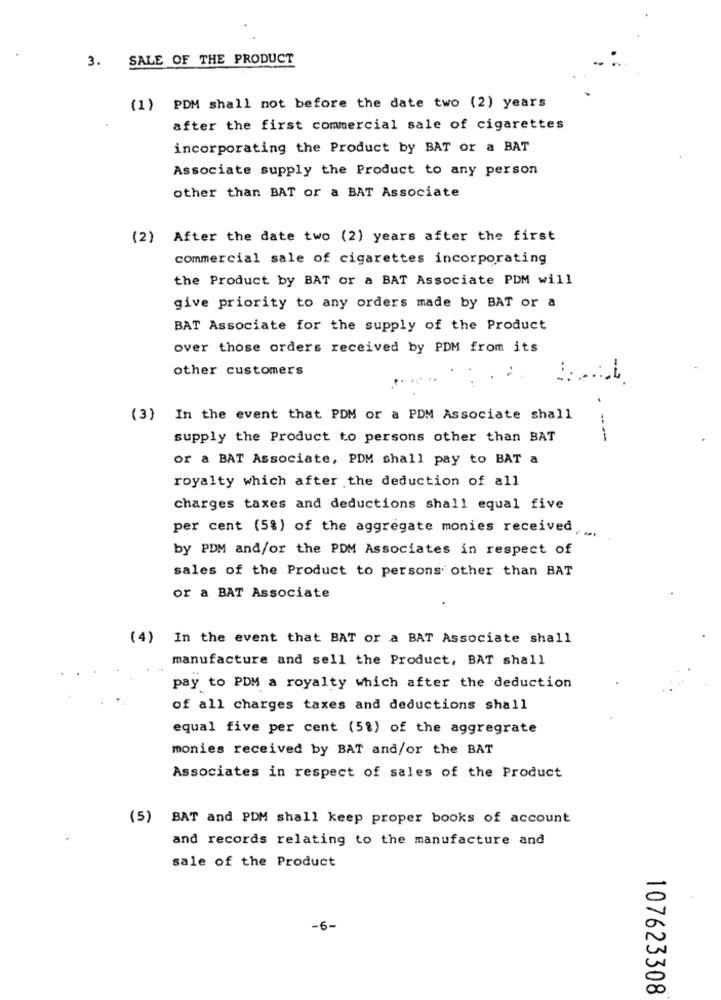
3. SALE OF THE PRODUCT
(1) PDM shall not before the date two (2) years
after the first commercial sale of cigarettes
incorporating the Product by BAT or a BAT
Associate supply the Product to any person
other than BAT or a BAT Associate
(2) After the date two (2) years after the first
commercial sale of cigarettes incorporating
the Product by BAT or a BAT Associate PDM will
give priority to any orders made by BAT or a
BAT Associate for the supply of the Product
over those orders received by PDM from its
other customers
(3) In the event that PDM or a PDM Associate shall
supply the Product to persons other than BAT
or a BAT Associate, PDM shall pay to BAT a
royalty which after the deduction of all
charges taxes and deductions shall equal five
per cent (5%) of the aggregate monies received
- -
by PDM and/or the PDM Associates in respect of
sales of the Product to persons other than BAT
or a BAT Associate
(4) In the event that BAT or a BAT Associate shall
manufacture and sell the Product, BAT shall
pay to PDM a royalty which after the deduction
of all charges taxes and deductions shall
equal five per cent (5%) of the aggregrate
monies received by BAT and/or the BAT
Associates in respect of sales of the Product
(5) BAT and PDM shall keep proper books of account
and records relating to the manufacture and
sale of the Product
-6-
107623308